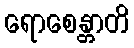
ရောစေန္တာတိ